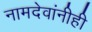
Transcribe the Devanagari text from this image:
नामदेवांनीही